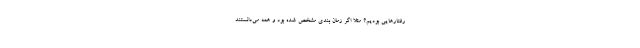
رفتارهایی بودیم؟ مثلا اگر زمان بندی مشخص شده بود و همه می‌دانستند